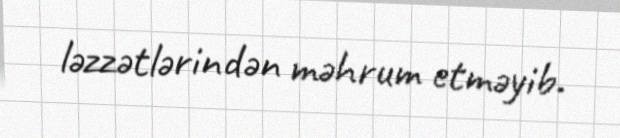
ləzzətlərindən məhrum etməyib.